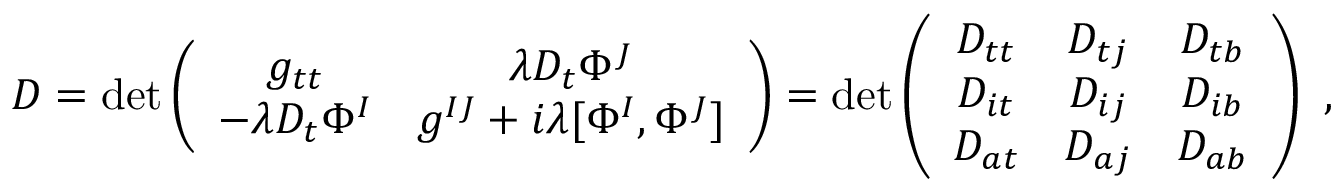
D = \operatorname * { d e t } \left( \begin{array} { c c } { { g _ { t t } } } & { { \lambda D _ { t } \Phi ^ { J } \nonumber } } \\ { { - \lambda D _ { t } \Phi ^ { I } } } & { { g ^ { I J } + i \lambda [ \Phi ^ { I } , \Phi ^ { J } ] \nonumber } } \end{array} \right) = \operatorname * { d e t } \left( \begin{array} { c c c } { { D _ { t t } } } & { { D _ { t j } } } & { { D _ { t b } } } \\ { { D _ { i t } } } & { { D _ { i j } } } & { { D _ { i b } } } \\ { { D _ { a t } } } & { { D _ { a j } } } & { { D _ { a b } } } \end{array} \right) \ ,